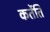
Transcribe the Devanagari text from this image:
कर्तेति